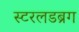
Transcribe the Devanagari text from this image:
स्टरलडब्रग